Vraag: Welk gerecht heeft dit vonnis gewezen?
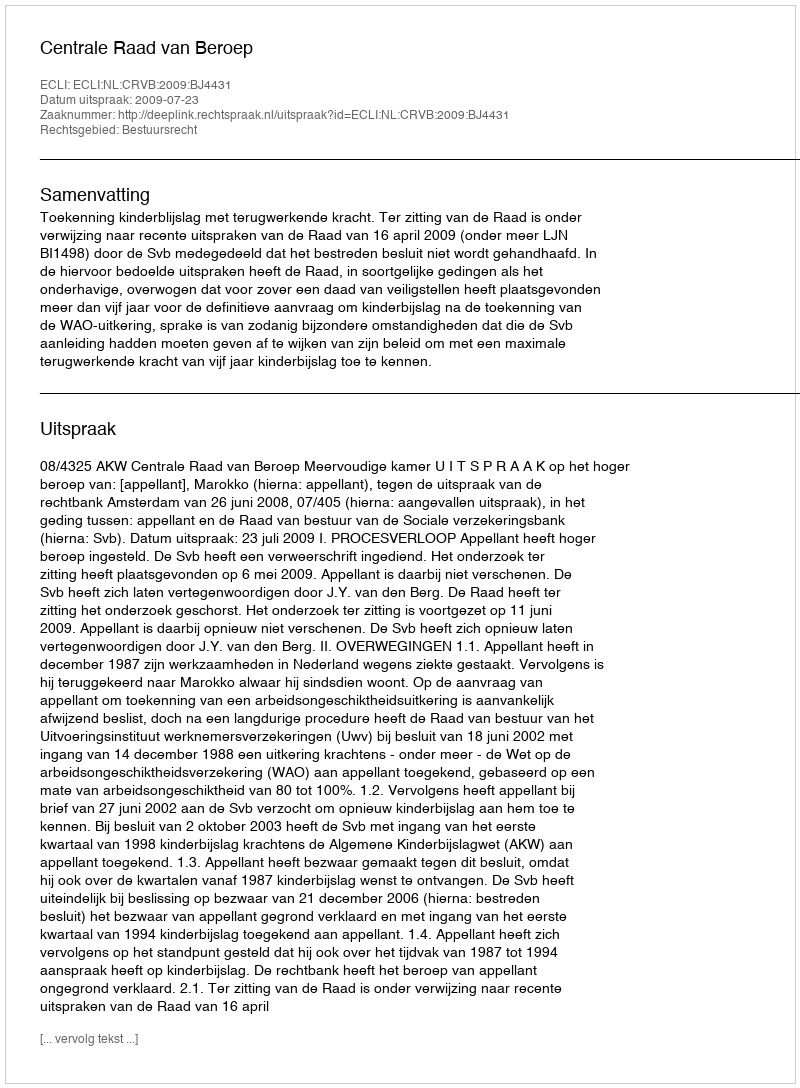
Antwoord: Centrale Raad van Beroep